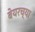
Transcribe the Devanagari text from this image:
बेयरच्या